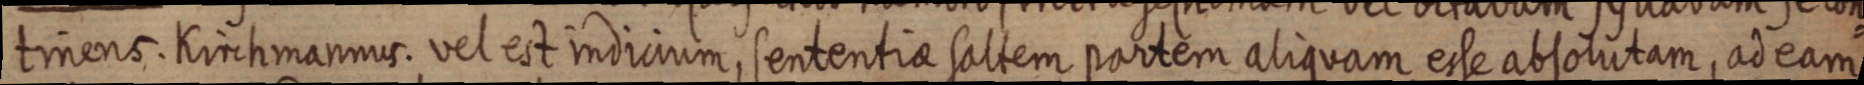
tinens. Kirchmanmus. vel est indicium, sententiae saltem partem aliquam esse abtolutam, ad eam